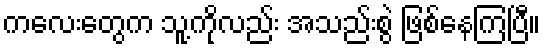
ကလေးတွေက သူ့ကိုလည်း အသည်းစွဲ ဖြစ်နေကြပြီ။